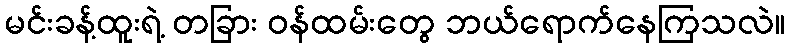
မင်းခန့်ထူးရဲ့ တခြား ဝန်ထမ်းတွေ ဘယ်ရောက်နေကြသလဲ။